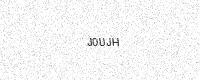
Text: J0UJH